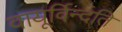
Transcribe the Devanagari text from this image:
वायूर्विन्दति